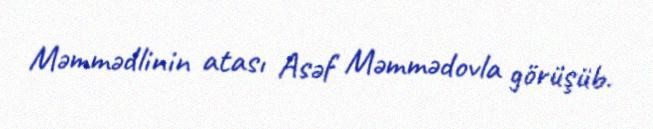
Məmmədlinin atası Asəf Məmmədovla görüşüb.